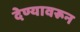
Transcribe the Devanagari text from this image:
देण्यावरून